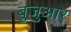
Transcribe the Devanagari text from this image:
बुजुआर्